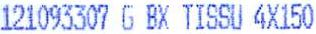
121093307 G BX TISSU 4X150